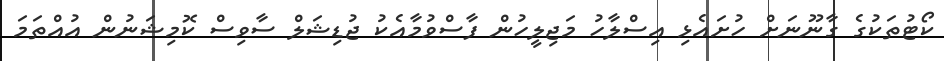
ކޯޓުތަކުގެ ގާނޫނަށް ހުށައެޅި އިސްލާހު މަޖިލީހުން ފާސްވުމާއެކު ޖުޑިޝަލް ސާވިސް ކޮމިޝަނުން އުއްތަމަ